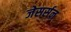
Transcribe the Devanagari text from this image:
जेसर्सन